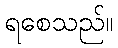
ရစေသည်။